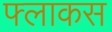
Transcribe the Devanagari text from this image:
फ्लाकस